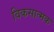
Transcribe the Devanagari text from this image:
विकसात्मक